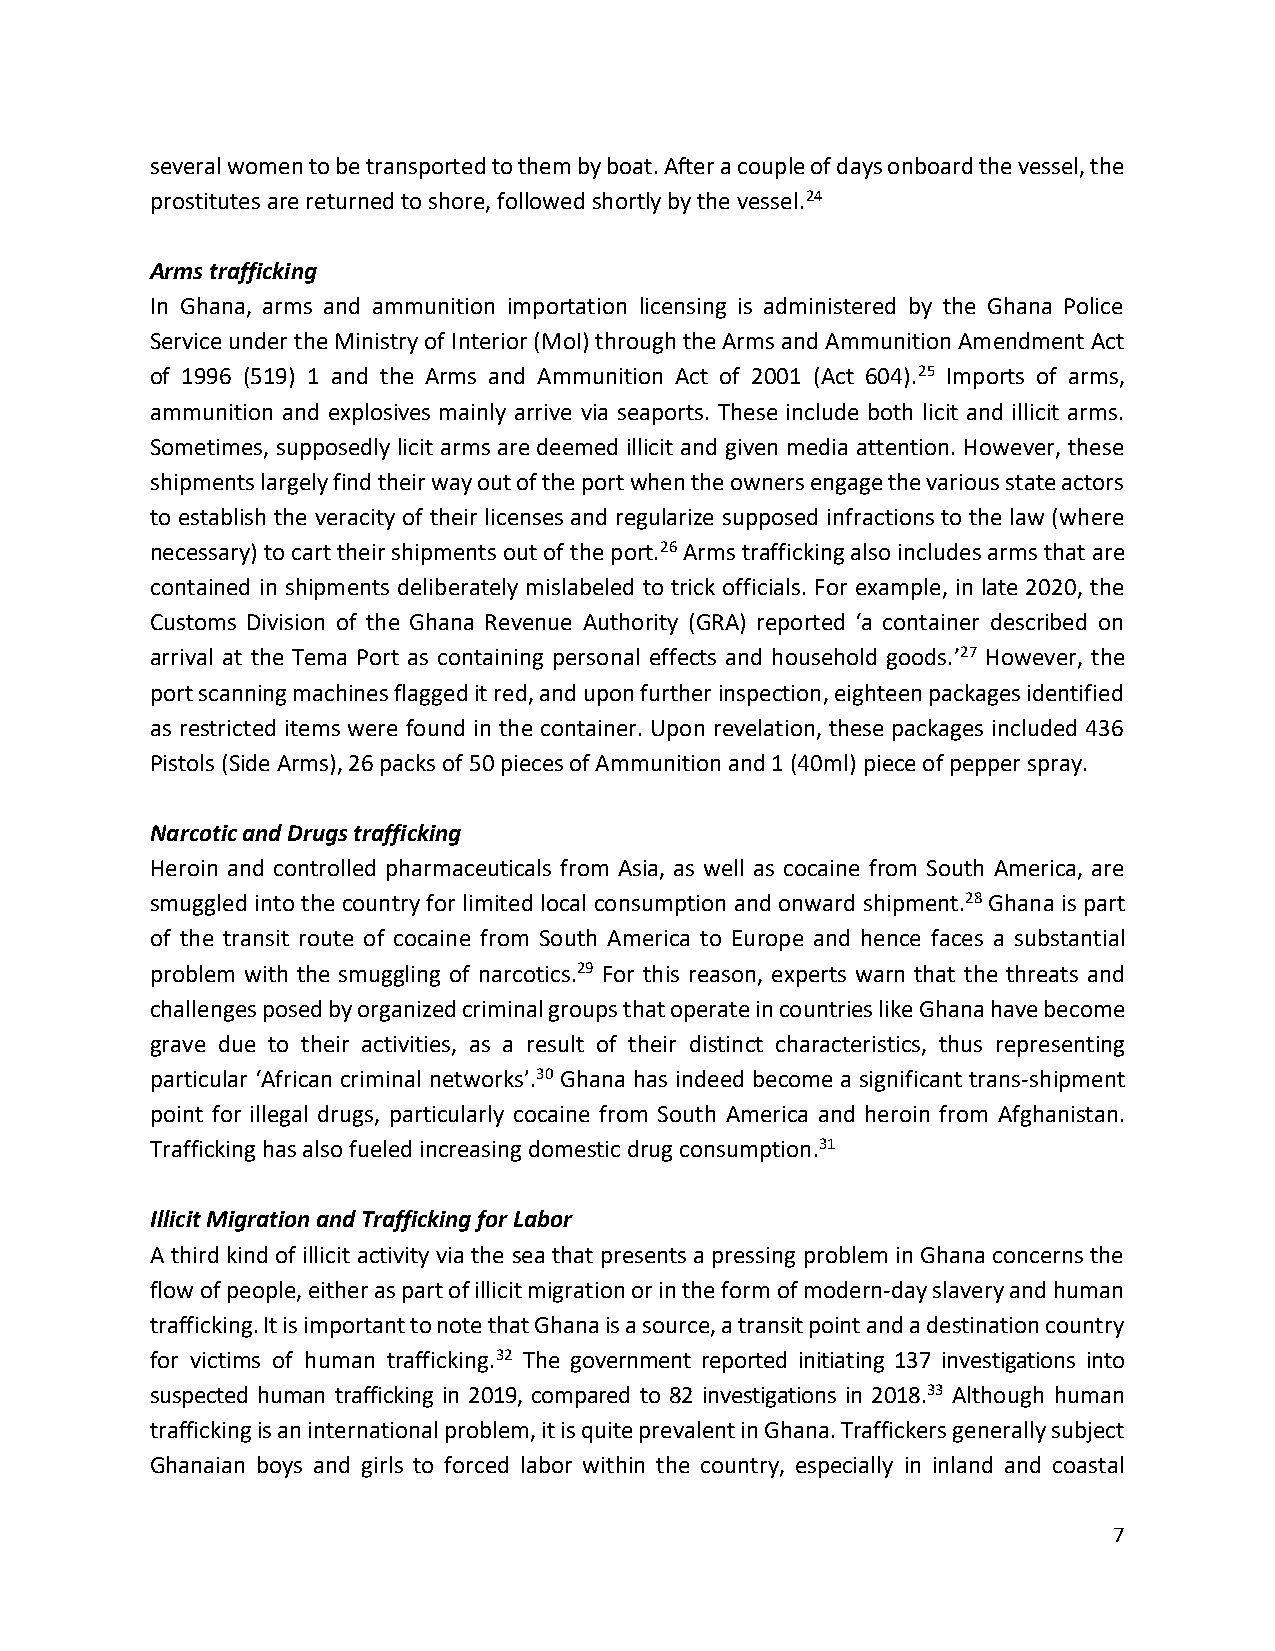
several women to be transported to them by boat. After a couple of days onboard the vessel, the
 prostitutes are returned to shore, followed shortly by the vessel.24
 Arms trafficking
 In Ghana, arms and ammunition importation licensing is administered by the Ghana Police
 Service under the Ministry of Interior (MoI) through the Arms and Ammunition Amendment Act
 of 1996 (519) 1 and the Arms and Ammunition Act of 2001 (Act 604).25 Imports of arms,
 ammunition and explosives mainly arrive via seaports. These include both licit and illicit arms.
 Sometimes, supposedly licit arms are deemed illicit and given media attention. However, these
 shipments largely find their way out of the port when the owners engage the various state actors
 to establish the veracity of their licenses and regularize supposed infractions to the law (where
 necessary) to cart their shipments out of the port.26 Arms trafficking also includes arms that are
 contained in shipments deliberately mislabeled to trick officials. For example, in late 2020, the
 Customs Division of the Ghana Revenue Authority (GRA) reported ‘a container described on
 arrival at the Tema Port as containing personal effects and household goods.’27 However, the
 port scanning machines flagged it red, and upon further inspection, eighteen packages identified
 as restricted items were found in the container. Upon revelation, these packages included 436
 Pistols (Side Arms), 26 packs of 50 pieces of Ammunition and 1 (40ml) piece of pepper spray.
 Narcotic and Drugs trafficking
 Heroin and controlled pharmaceuticals from Asia, as well as cocaine from South America, are
 smuggled into the country for limited local consumption and onward shipment.28 Ghana is part
 of the transit route of cocaine from South America to Europe and hence faces a substantial
 problem with the smuggling of narcotics.29 For this reason, experts warn that the threats and
 challenges posed by organized criminal groups that operate in countries like Ghana have become
 grave due to their activities, as a result of their distinct characteristics, thus representing
 particular ‘African criminal networks’.30 Ghana has indeed become a significant trans-shipment
 point for illegal drugs, particularly cocaine from South America and heroin from Afghanistan.
 Trafficking has also fueled increasing domestic drug consumption.31
 Illicit Migration and Trafficking for Labor
 A third kind of illicit activity via the sea that presents a pressing problem in Ghana concerns the
 flow of people, either as part of illicit migration or in the form of modern-day slavery and human
 trafficking. It is important to note that Ghana is a source, a transit point and a destination country
 for victims of human trafficking.32 The government reported initiating 137 investigations into
 suspected human trafficking in 2019, compared to 82 investigations in 2018.33 Although human
 trafficking is an international problem, it is quite prevalent in Ghana. Traffickers generally subject
 Ghanaian boys and girls to forced labor within the country, especially in inland and coastal
 7